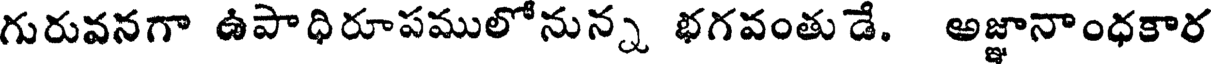
గురువనగా ఉపాధిరూపములోనున్న భగవంతుడే. అజ్ఞానాంధకార